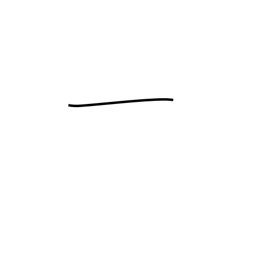
Meaning: one